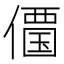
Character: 𠏹